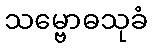
သမ္ဗောဓသုခံ